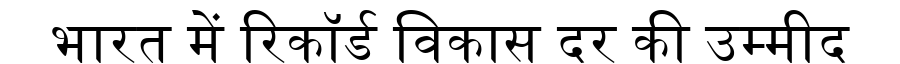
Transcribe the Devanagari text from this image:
भारत में रिकॉर्ड विकास दर की उम्मीद